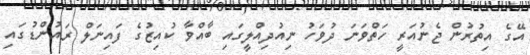
އޭގެ އިތުރުން ޖެނުއަރީ ހަތްވަނަ ދުވަހު ނިއުދިއްލީގައި ބާއްވާ ކުއިޒުގެ ފައިނަލް ރައުންޑުގައި